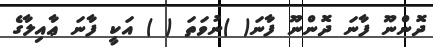
ދޮންނޫ ފާނަ ދޮންނޫ ފާނަ( )ނުވަތަ ( ) އަކީ ފާނަ ޢާއިލާގެ